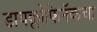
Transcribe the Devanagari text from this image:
डायक्लोफिनॅकचा